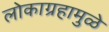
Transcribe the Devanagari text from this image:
लोकाग्रहामुळे